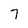
Character: 7